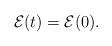
LaTeX: \begin{align*}\mathcal{E}(t) = \mathcal{E}(0). \end{align*}